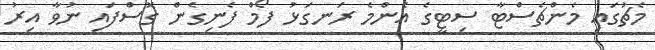
މެޗުގައި މެންޗެސްޓާ ސިޓީގެ އެންމެ ރަނގަޅު ފޯމް ފެނިގެން ގޮސްފައި ނުވާ އިރު